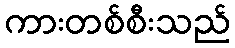
ကားတစ်စီးသည်